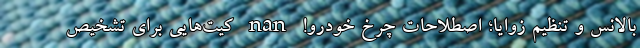
بالانس و تنظیم زوایا؛ اصطلاحات چرخ خودرو! nan کیت‌هایی برای تشخیص